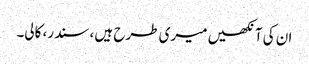
ان کی آنکھیں میری طرح ہیں ، سندر، کالی۔